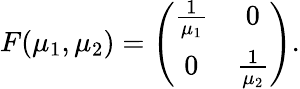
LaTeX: \begin{array}{r}{F(\mu_{1},\mu_{2})=\left(\begin{array}{cc}{\frac 1{\mu_{1}}}&{0}\\ {0}&{\frac 1{\mu_{2}}}\end{array}\right).}\end{array}